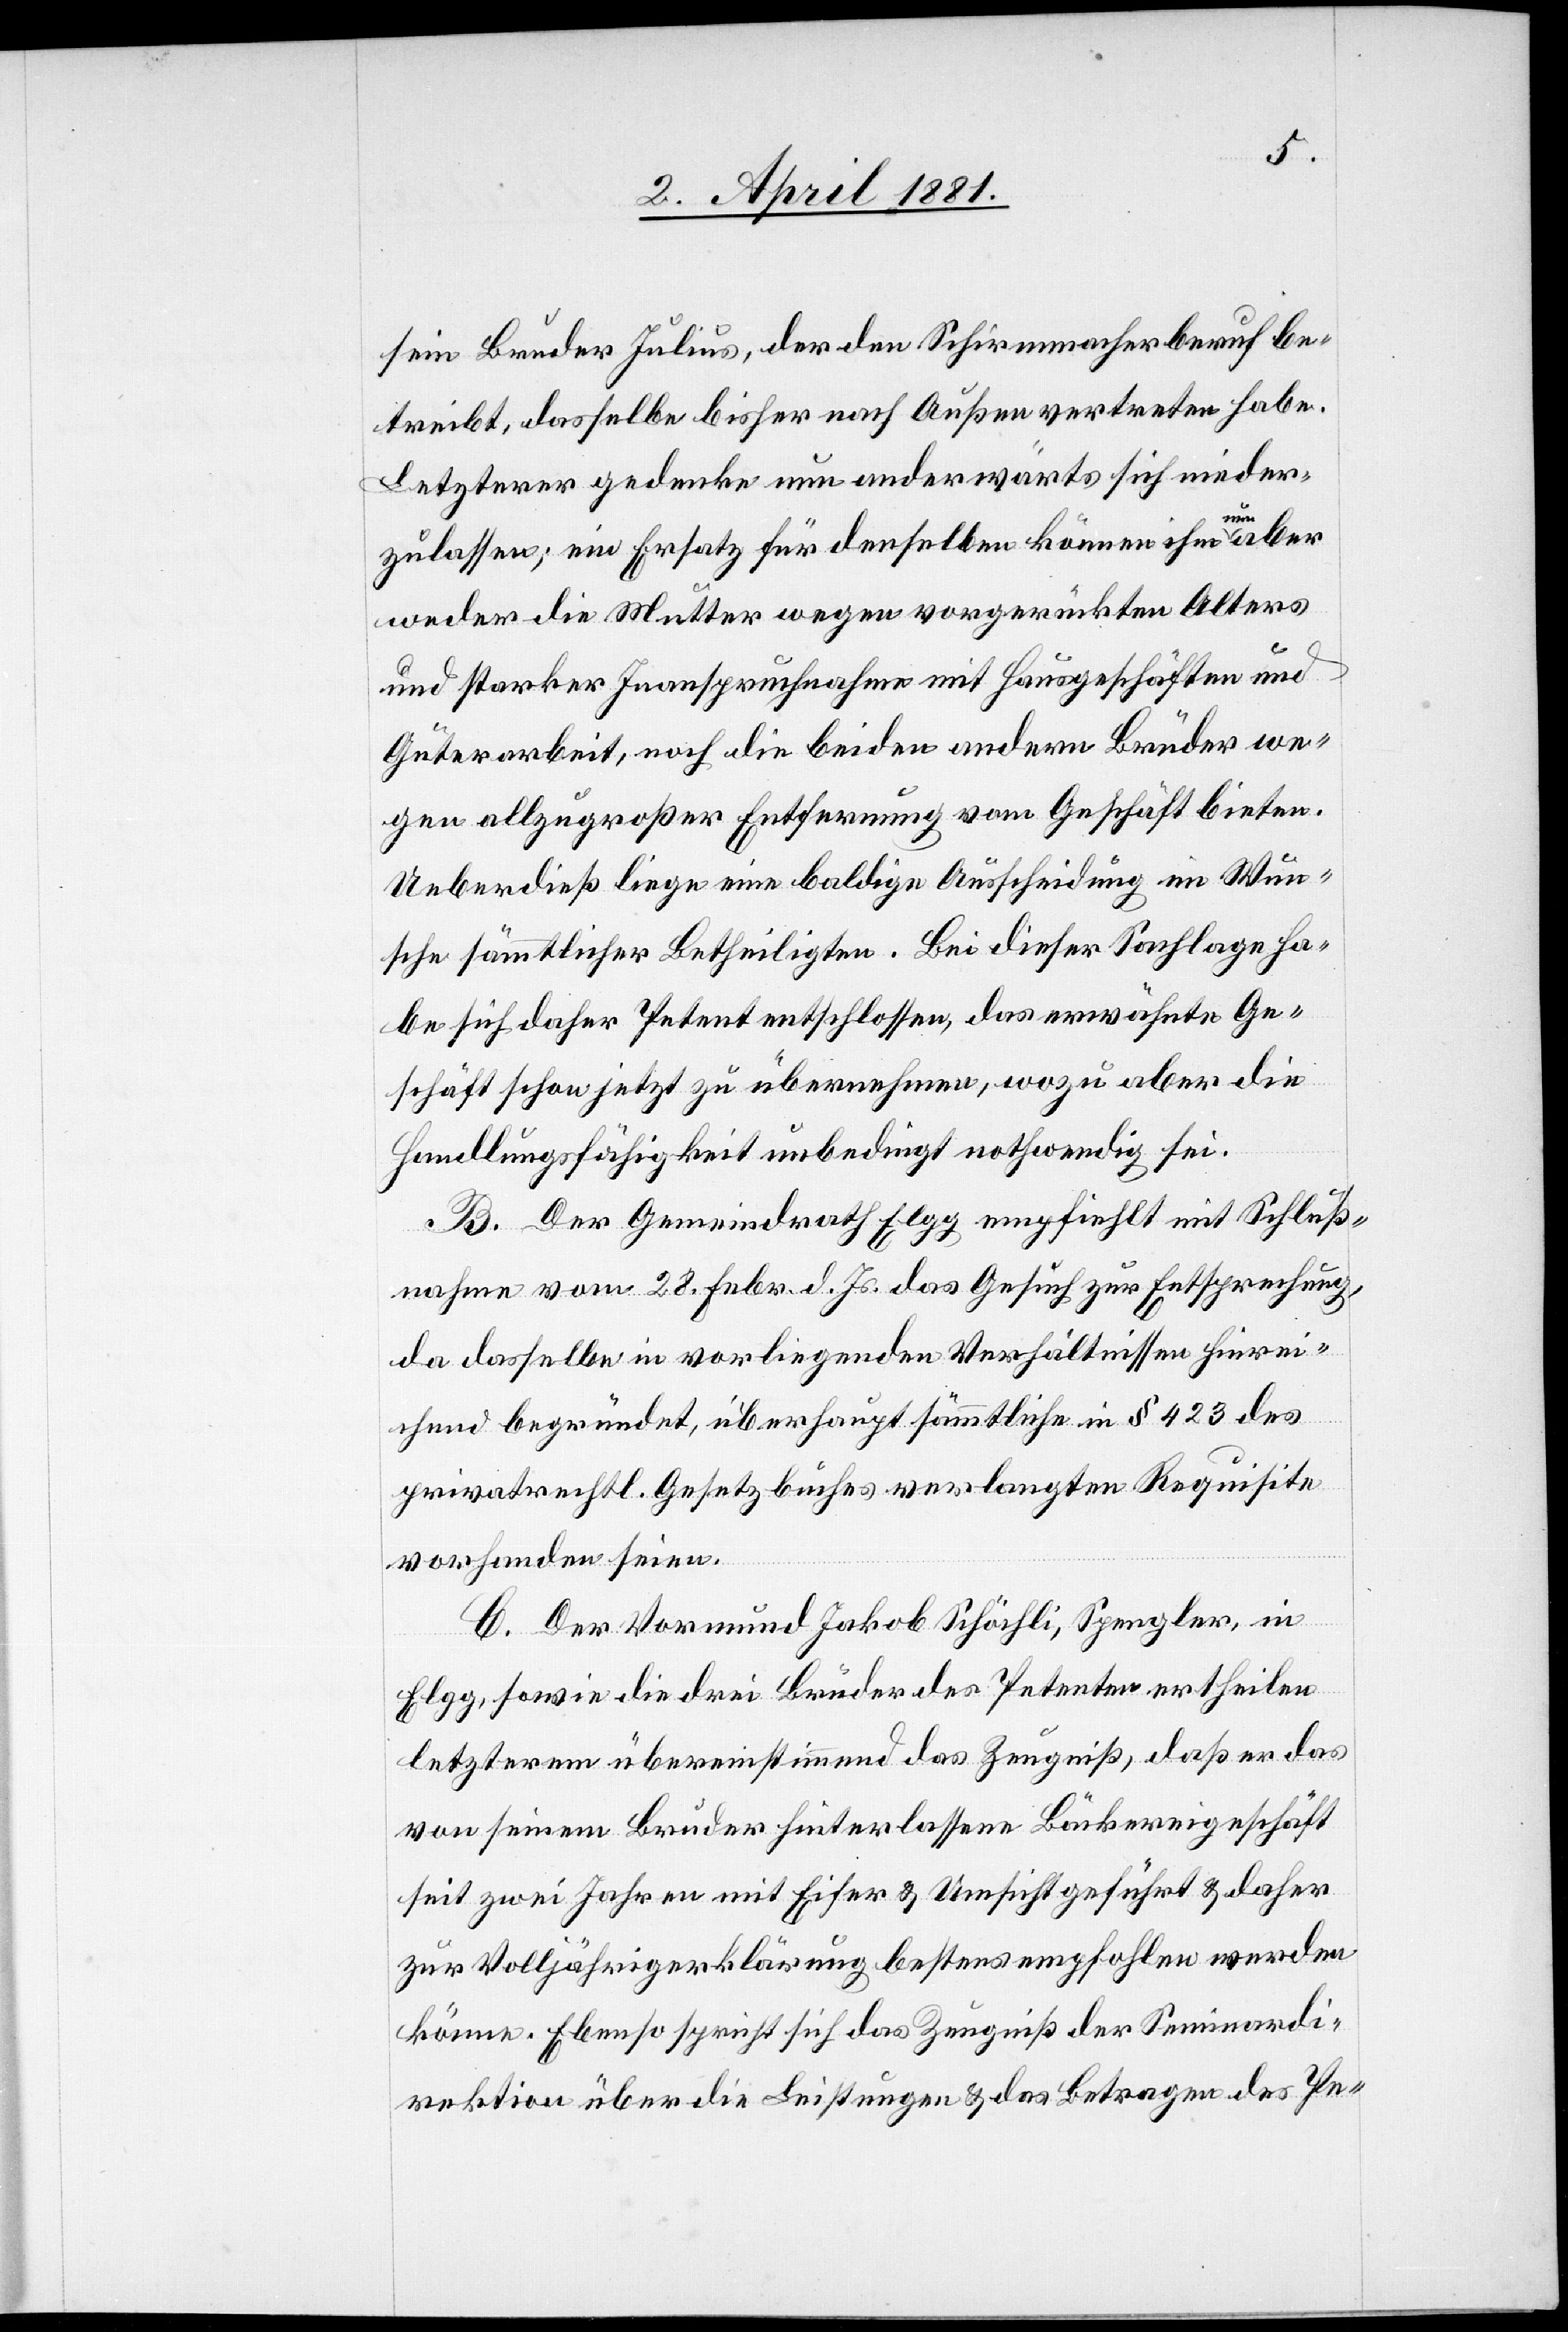
sein Bruder Julius, der den Schirmmacherberuf be¬
treibt, dasselbe bisher nach Außen vertreten habe.
Letzterer gedenke nun anderwärts sich nieder¬
zulassen; ein Ersatz für denselben können ihm nun aber
weder die Mutter wegen vorgerückten Alters
und starker Inanspruchnahme mit Hausgeschäften und
Güterarbeit, noch die beiden andern Brüder we¬
gen allzugroßer Entfernung vom Geschäft bieten.
Ueberdieß liege eine baldige Ausscheidung im Wun¬
sche sämmtlicher Betheiligten. Bei dieser Sachlage ha¬
be sich daher Petent entschlossen, das erwähnte Ge¬
schäft schon jetzt zu übernehmen, wozu aber die
Handlungsfähigkeit unbedingt nothwendig sei.
B. Der Gemeindrath Elgg empfiehlt mit Schluß¬
nahme vom 28. Febr. d. Js. das Gesuch zur Entsprechung,
da dasselbe in vorliegenden Verhältnissen hinrei¬
chend begründet, überhaupt sämmtliche in § 423 des
privatrechtl. Gesetzbuchs verlangten Requisite
vorhanden seien.
C. Der Vormund Jakob Schöchli, Spengler, in
Elgg, sowie die drei Brüder des Petenten ertheilen
letzterem übereinstimmend das Zeugniß, daß er das
von seinem Bruder hinterlassene Bäckereigeschäft
seit zwei Jahren mit Eifer & Umsicht geführt & daher
zur Volljährigerklärung bestens empfohlen werden
könne. Ebenso spricht sich das Zeugniß der Seminardi¬
rektion über die Leistungen & das Betragen des Pe-